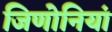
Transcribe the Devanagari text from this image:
जिणोनियां